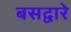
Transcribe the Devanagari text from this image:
बसद्वारे